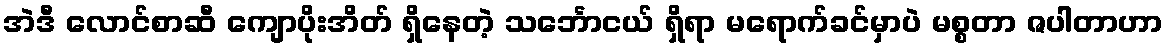
အဲဒီ လောင်စာဆီ ကျောပိုးအိတ် ရှိနေတဲ့ သင်္ဘောငယ် ရှိရာ မရောက်ခင်မှာပဲ မစ္စတာ ဇပါတာဟာ